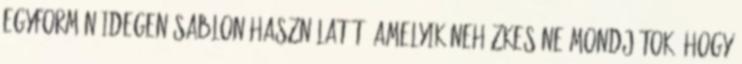
egyformán idegen sablon használatát, amelyik nehézkes ne mondjátok, hogy